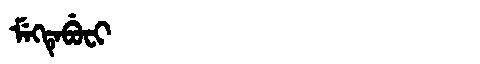
Manchu: ᠮᡝᡴᡨᡝᠪᡠᠸᡳ
Romanization: MEKTEBUFI